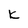
Character: k